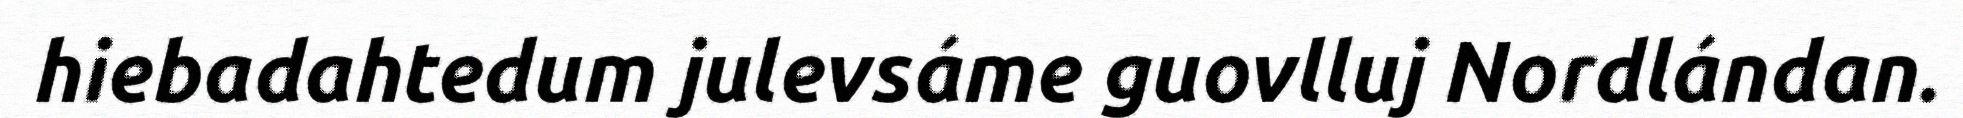
hiebadahtedum julevsáme guovlluj Nordlándan.